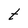
Character: t